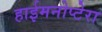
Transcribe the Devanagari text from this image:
हाईमनोप्टेरा